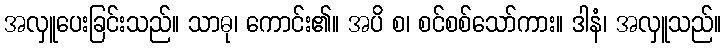
အလှူပေးခြင်းသည်။ သာဓု၊ ကောင်း၏။ အပိ စ၊ စင်စစ်သော်ကား။ ဒါနံ၊ အလှူသည်။